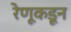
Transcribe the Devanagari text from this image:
रेणूकडून